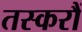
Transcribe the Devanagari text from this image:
तस्करौं